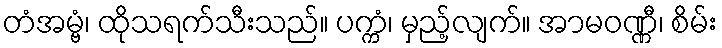
တံအမ္ဗံ၊ ထိုသရက်သီးသည်။ ပက္ကံ၊ မှည့်လျက်။ အာမဝဏ္ဏီ၊ စိမ်း